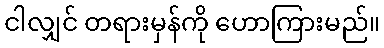
ငါလျှင် တရားမှန်ကို ဟောကြားမည်။